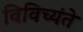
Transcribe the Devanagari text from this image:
विविच्यंते